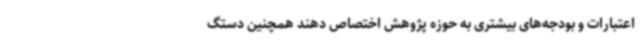
اعتبارات و بودجه‌های بیشتری به حوزه پژوهش اختصاص دهند همچنین دستگ